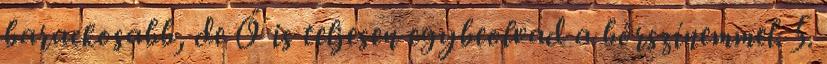
barackosabb, de Ő is teljesen egybeolvad a bőrszínemmel. 5.